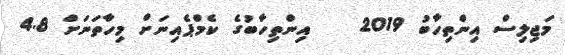
މަޖިލިސް އިންތިހާބު 2019    އިންތިހާބުގެ ކެމްޕެއިނަށް މިހާތަނަށް 4.8